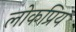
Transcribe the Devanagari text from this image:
लोकप्रिय